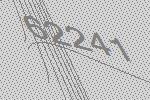
62241